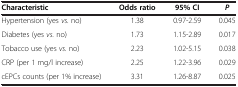
<table><thead><tr><td><b>Characteristic</b></td><td><b>Odds ratio</b></td><td><b>95% CI</b></td><td><b><i>P</i></b></td></tr></thead><tbody><tr><td>Hypertension (yes <i>vs.</i> no)</td><td>1.38</td><td>0.97-2.59</td><td>0.045</td></tr><tr><td>Diabetes (yes <i>vs.</i> no)</td><td>1.73</td><td>1.15-2.89</td><td>0.017</td></tr><tr><td>Tobacco use (yes <i>vs.</i> no)</td><td>2.23</td><td>1.02-5.15</td><td>0.038</td></tr><tr><td>CRP (per 1 mg/l increase)</td><td>2.25</td><td>1.22-3.96</td><td>0.029</td></tr><tr><td>cEPCs counts (per 1% increase)</td><td>3.31</td><td>1.26-8.87</td><td>0.025</td></tr></tbody></table>